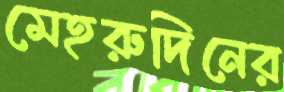
মেহরুদিনের